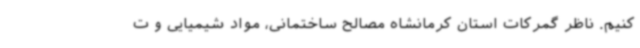
کنیم. ناظر گمرکات استان کرمانشاه مصالح ساختمانی، مواد شیمیایی و ت